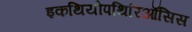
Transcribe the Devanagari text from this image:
इकथियोपथिरिऑसिस